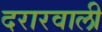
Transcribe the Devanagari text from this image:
दरारवाली